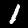
Digit: 1